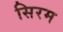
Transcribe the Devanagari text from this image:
सिरम